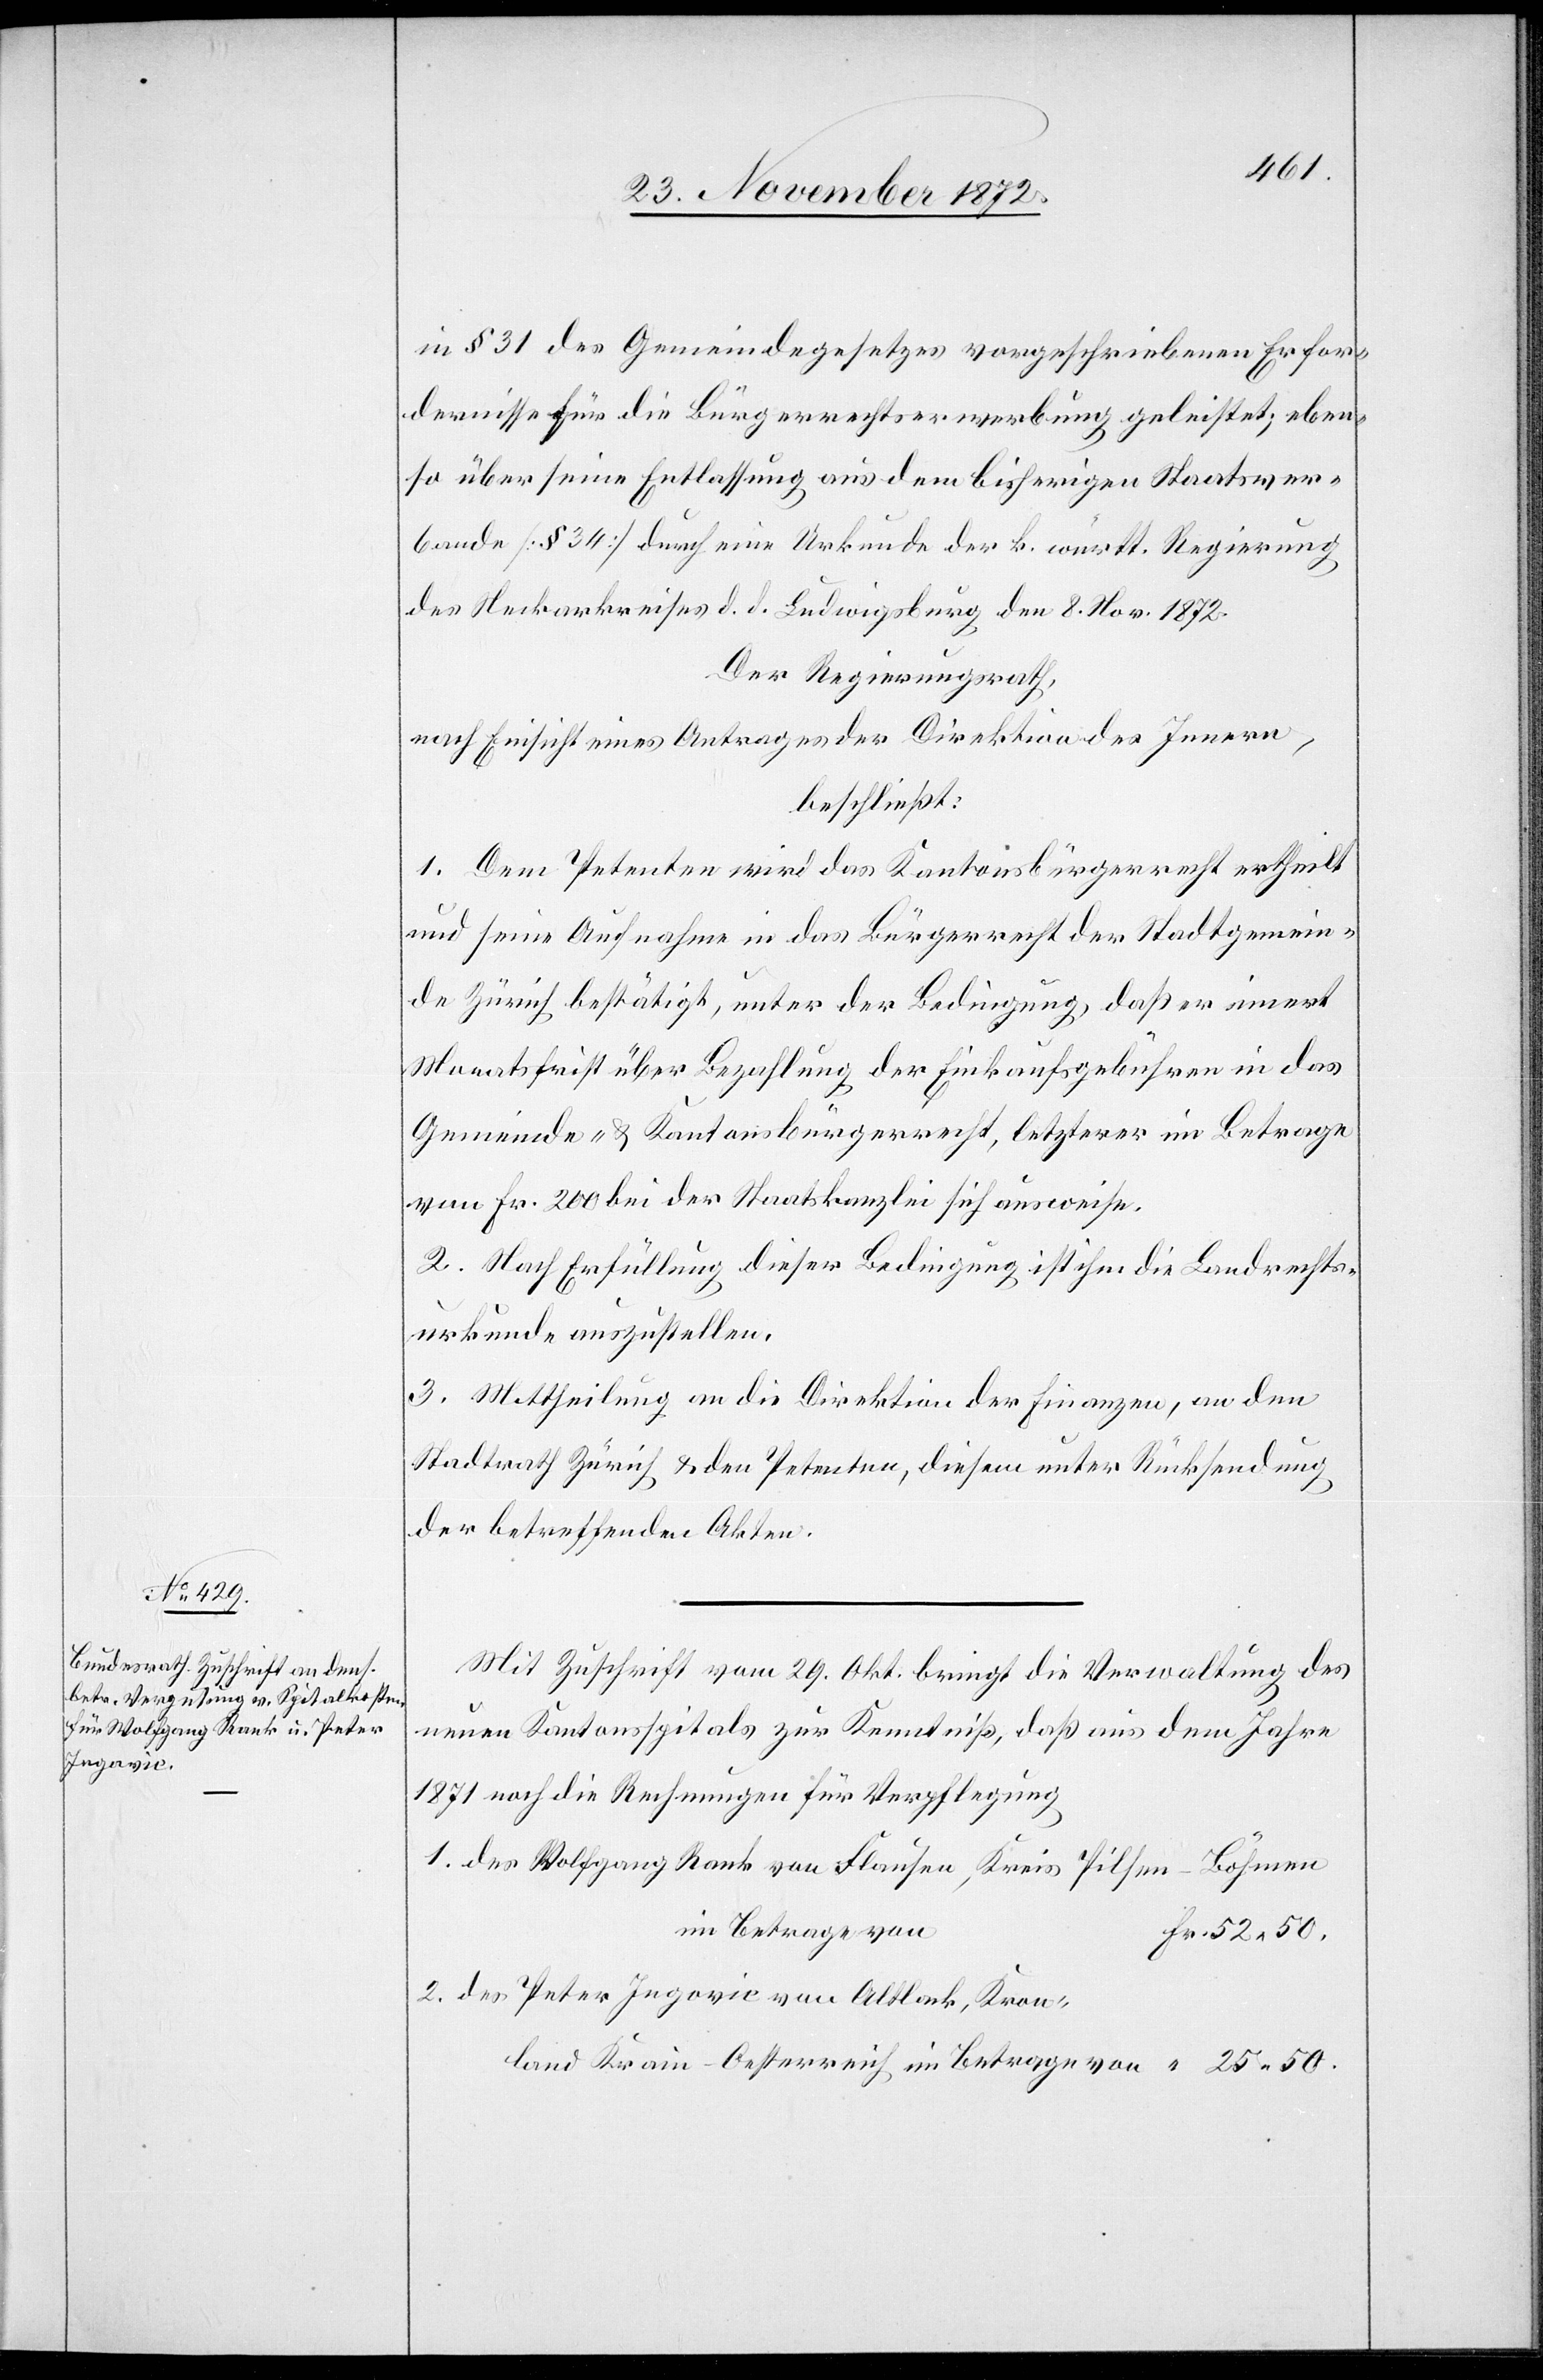
land

in § 31 des Gemeindegesetzes vorgeschriebenen Erforder¬
nisse über seine Entlassung aus dem bisherigen Staatsver¬
bande [§ 34] durch eine Urkunde der k. württ. Regierung
des Neckarkreises d. d. Ludwigsburg den 8. Nov. 1872.
Der Regierungsrath,
nach Einsicht eines Antrages der Direktion des Innern,
beschließt:
1. Dem Petenten wird das Kantonsbürgerrecht ertheilt
und seine Aufnahme in das Bürgerrecht der Stadtgemein¬
de Zürich bestätigt, unter der Bedingung, daß er innert
Monatsfrist über Bezahlung der Einkaufsgebühren in das
Gemeinde- u. Kantonsbürgerrecht, letzterer im Betrage
von Fr. 200 bei der Staatskanzlei sich ausweise.
2. Nach Erfüllung dieser Bedingung ist ihm die Landrechts¬
urkunde auszustellen.
3. Mittheilung an die Direktion der Finanzen, an den
Stadtrath Zürich u. den Petenten, diesem unter Rücksendung
der betreffenden Akten.
Mit Zuschrift vom 29. Okt. bringt die Verwaltung des
neuen Kantonsspital zur Kenntniß, daß aus dem Jahre
1871 noch die Rechnungen für Verpflegung
1. des Wolfang Rank von Flausen, Kreis Pilsen-Böhmen
im Betrage von
52 50.
2. des Peter Ingovic [sic!] von Altlack, Kron¬